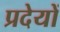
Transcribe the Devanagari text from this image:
प्रदेयों